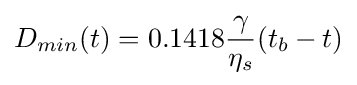
D_{min}(t)=0.1418{\frac {\gamma }{\eta _{s}}}(t_{b}-t)